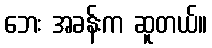
ဘေး အခန်းက ဆူတယ်။